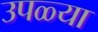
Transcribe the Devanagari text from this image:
उपळ्या